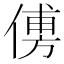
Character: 𠌽